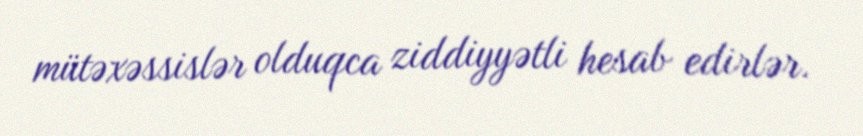
mütəxəssislər olduqca ziddiyyətli hesab edirlər.